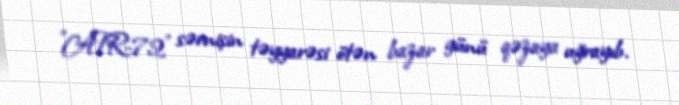
"ATR-72" sərnişin təyyarəsi ötən bazar günü qəzaya uğrayıb.